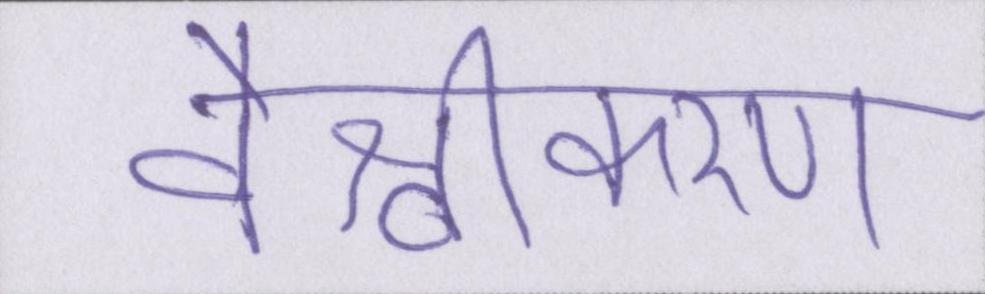
वैश्वीकरण